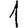
Digit: 1